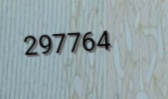
297764